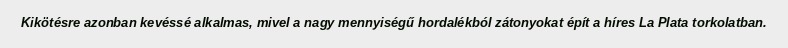
Kikötésre azonban kevéssé alkalmas, mivel a nagy mennyiségű hordalékból zátonyokat épít a híres La Plata torkolatban.